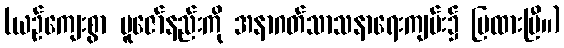
(ယဉ်ကျေးစွာ ပူဇော်နည်းကို အနာဂတ်သာသနာရေးကျမ်း၌ ပြထားပြီ။)